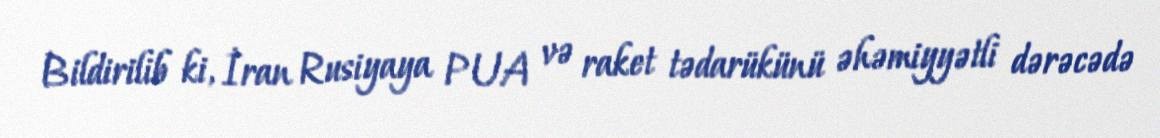
Bildirilib ki, İran Rusiyaya PUA və raket tədarükünü əhəmiyyətli dərəcədə